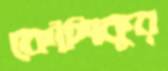
কৌশিকুর